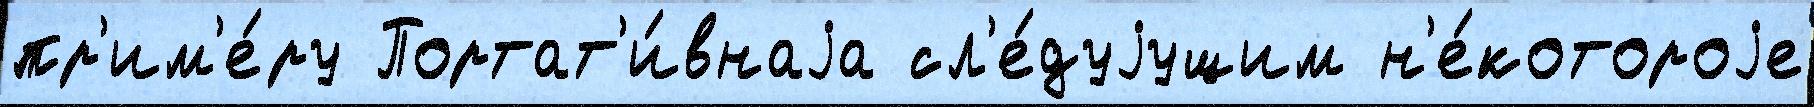
пр'им'е́ру Портат'и́внаjа сл'е́дуjущим н'е́котороjе